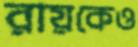
রায়কেও